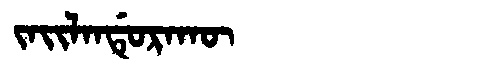
Manchu: ᠵᠠᡳᠯᠠᠨᡩᡠᡵᠠᡴᡡ
Romanization: JAILANDURAKŪ